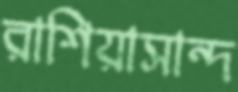
রাশিয়াসান্দ